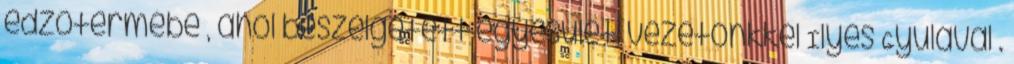
edzőtermébe , ahol beszélgetett egyesületi vezetőnkkel Ilyés Gyulával .